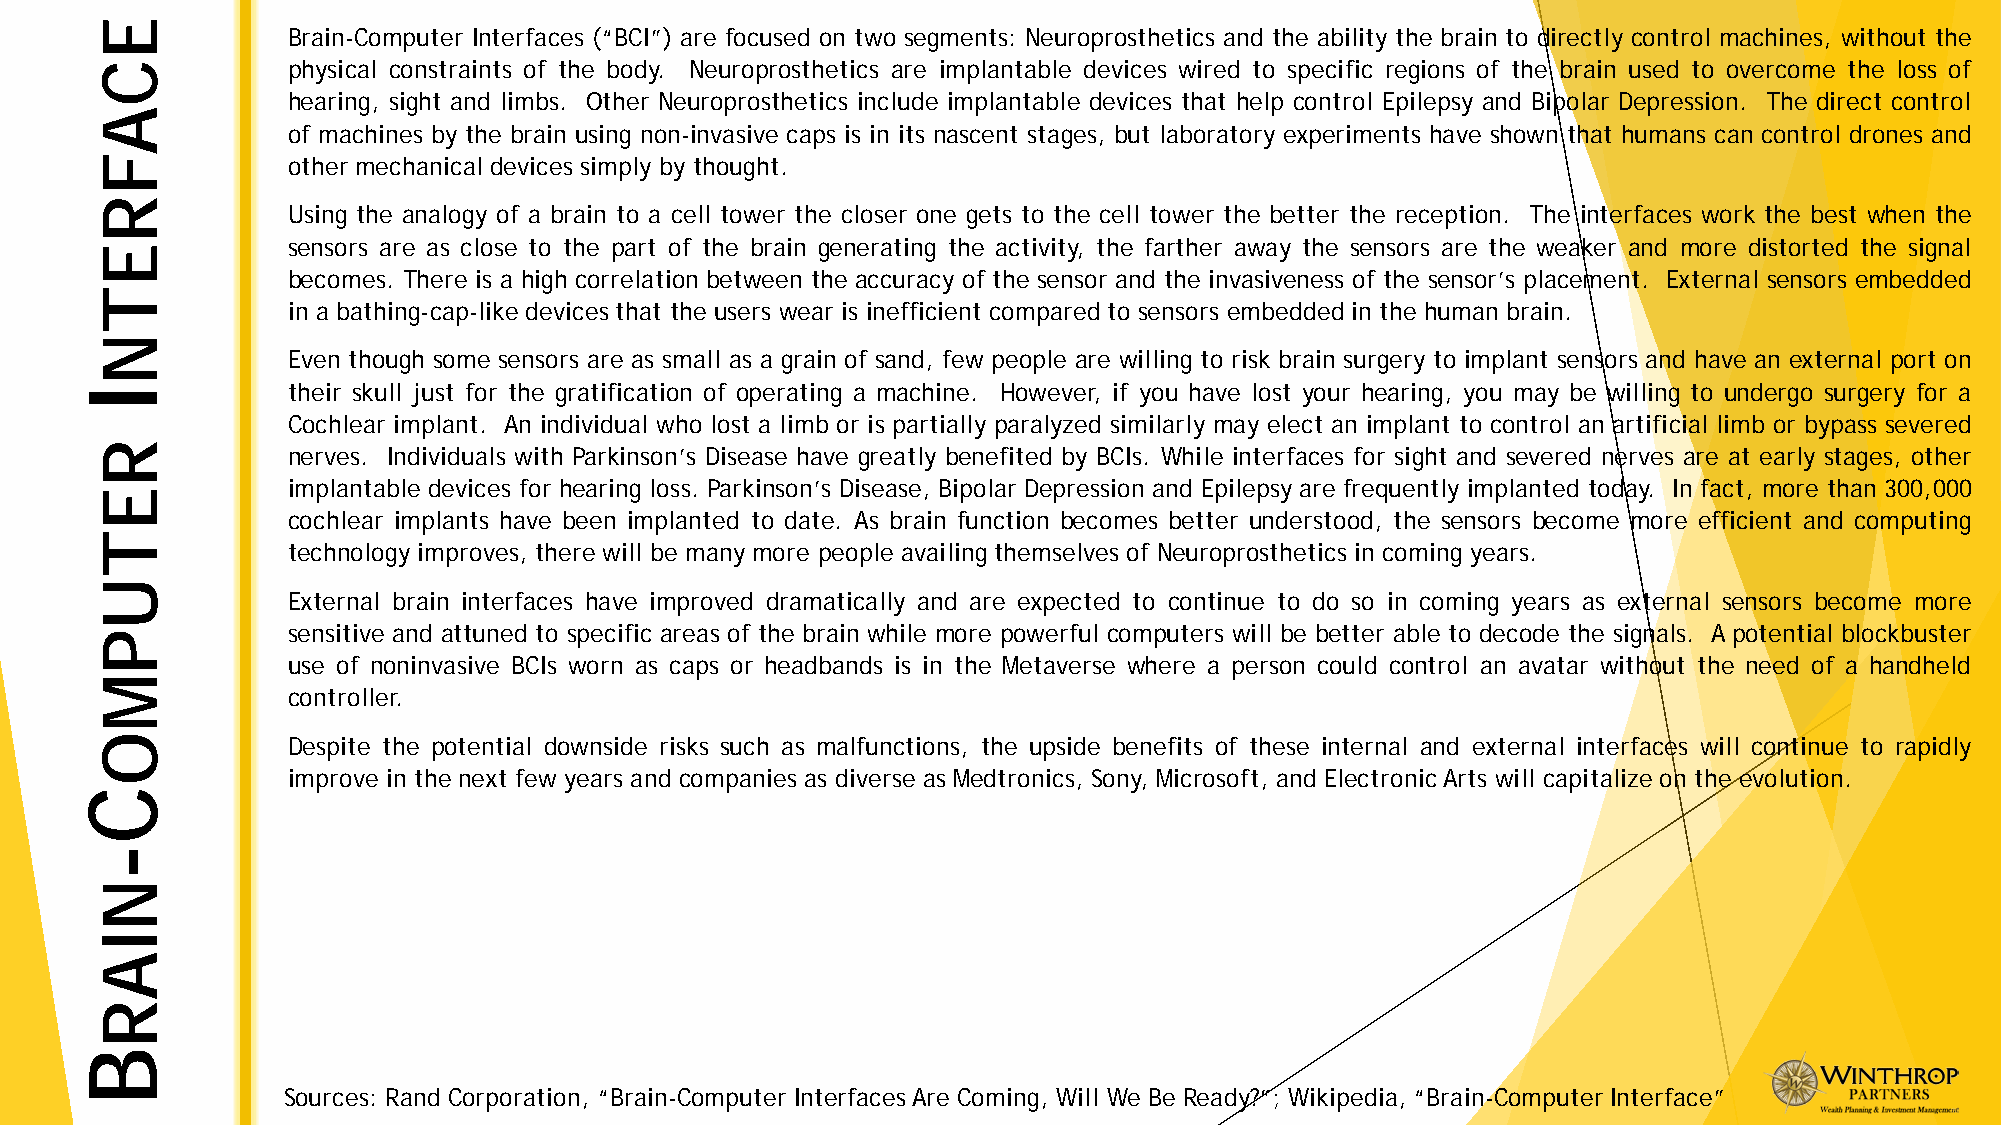
Brain-Computer Interfaces (“BCI”) are focused on two segments: Neuroprosthetics and the ability the brain to directly control machines, without the
 physical constraints of the body. Neuroprosthetics are implantable devices wired to specific regions of the brain used to overcome the loss of
 hearing, sight and limbs. Other Neuroprosthetics include implantable devices that help control Epilepsy and Bipolar Depression. The direct control
 of machines by the brain using non-invasive caps is in its nascent stages, but laboratory experiments have shown that humans can control drones and
 other mechanical devices simply by thought.
 Using the analogy of a brain to a cell tower the closer one gets to the cell tower the better the reception. The interfaces work the best when the
 sensors are as close to the part of the brain generating the activity, the farther away the sensors are the weaker and more distorted the signal
 becomes. There is a high correlation between the accuracy of the sensor and the invasiveness of the sensor’s placement. External sensors embedded
 in a bathing-cap-like devices that the users wear is inefficient compared to sensors embedded in the human brain.
 Even though some sensors are as small as a grain of sand, few people are willing to risk brain surgery to implant sensors and have an external port on
 their skull just for the gratification of operating a machine. However, if you have lost your hearing, you may be willing to undergo surgery for a
 Cochlear implant. An individual who lost a limb or is partially paralyzed similarly may elect an implant to control an artificial limb or bypass severed
 nerves. Individuals with Parkinson’s Disease have greatly benefited by BCIs. While interfaces for sight and severed nerves are at early stages, other
 implantable devices for hearing loss. Parkinson’s Disease, Bipolar Depression and Epilepsy are frequently implanted today. In fact, more than 300,000
 cochlear implants have been implanted to date. As brain function becomes better understood, the sensors become more efficient and computing
 technology improves, there will be many more people availing themselves of Neuroprosthetics in coming years.
 External brain interfaces have improved dramatically and are expected to continue to do so in coming years as external sensors become more
 sensitive and attuned to specific areas of the brain while more powerful computers will be better able to decode the signals. Apotential blockbuster
 use of noninvasive BCIs worn as caps or headbands is in the Metaverse where a person could control an avatar without the need of a handheld
 controller.
 Despite the potential downside risks such as malfunctions, the upside benefits of these internal and external interfaces will continue to rapidly
 improve in the next few years and companies as diverse as Medtronics, Sony, Microsoft, and ElectronicArts will capitalize on the evolution.
 Sources: Rand Corporation, “Brain-Computer InterfacesAre Coming, Will We Be Ready?”; Wikipedia, “Brain-Computer Interface”
 I
 C-
 B
 ECAFRETN
 RETUPMO
 NIAR